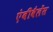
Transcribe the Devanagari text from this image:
एंबीवैलेंस